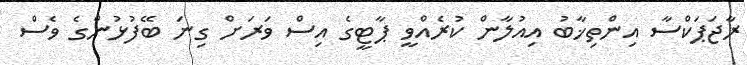
ރާޖަޕަކްސާ އިންތިޚާބު އިއުލާން ކުރެއްވީ ޕާޓީގެ އިސް ވަރަށް ގިނަ ބޭފުޅުންގެ ވެސް